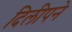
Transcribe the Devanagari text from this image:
दिलीपने